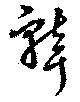
聾